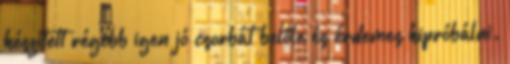
készített régebb igen jó csorbát belőle és érdemes kipróbálni.